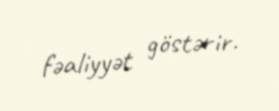
fəaliyyət göstərir.